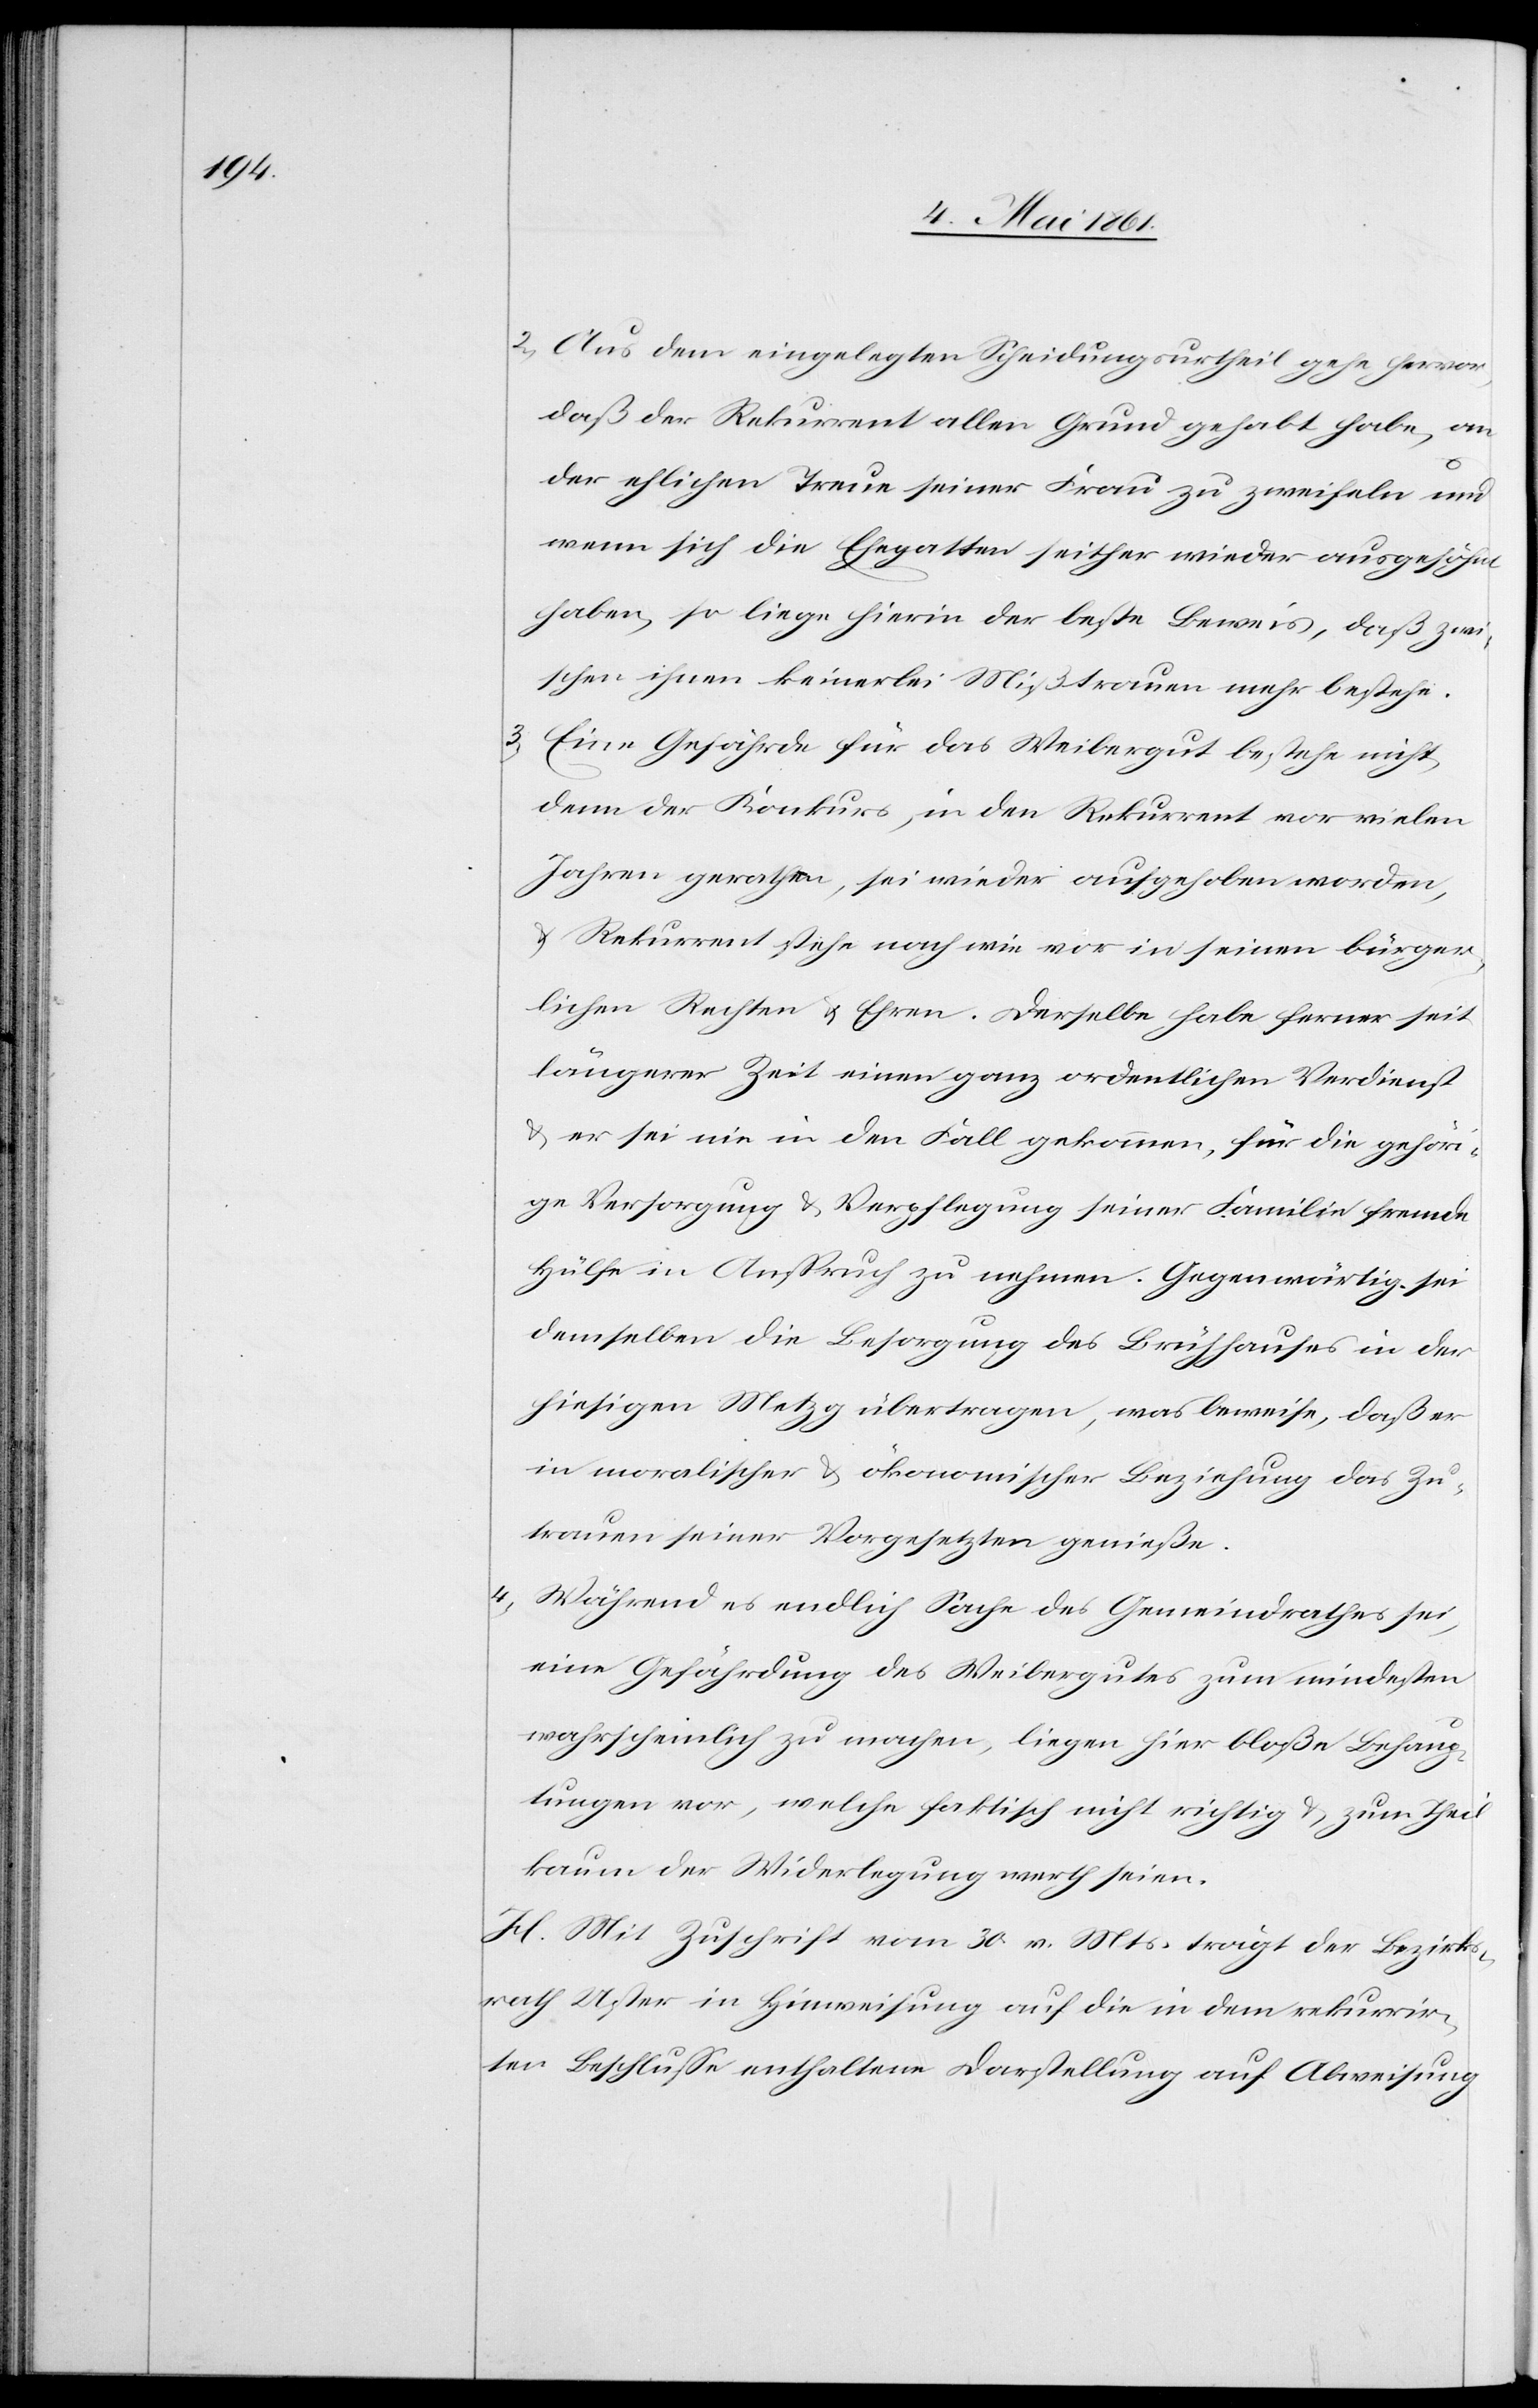
2) Aus dem eingelegten Scheidungsurtheil gehe hervor,
daß der Rekurrent allen Grund gehabt habe, an
der ehlichen Treue seiner Frau zu zweifeln und
wenn sich die Ehegatten seither wieder ausgesöhnt
haben, so liege hierin der beste Beweis, daß zwi¬
schen ihnen keinerlei Mißtrauen mehr bestehe.
3) Eine Gefährde für das Weibergut bestehe nicht,
denn der Konkurs, in den Rekurrent vor vielen
Jahren gerathen, sei wieder aufgehoben worden,
u. Rekurrent stehe nach wie vor in seinen bürger¬
lichen Rechten u. Ehren. Derselbe habe ferner seit
längerer Zeit einen ganz ordentlichen Verdienst
u. er sei nie in den Fall gekommen, für die gehöri¬
ge Versorgung u. Verpflegung seiner Familie fremde
Hülfe in Anspruch zu nehmen. Gegenwärtig sei
demselben die Besorgung des Brühhauses in der
hiesigen Metzg übertragen, was beweise, daß er
in moralischer u. ökonomischer Beziehung das Zu¬
trauen seiner Vorgesetzten genieße.
4) Während es endlich Sache des Gemeindrathes sei,
eine Gefährdung des Weibergutes zum mindesten
wahrscheinlich zu machen, liegen hier bloße Behaup¬
tungen vor, welche faktisch nicht richtig u. zum Theil
kaum der Widerlegung werth seien.
H. Mit Zuschrift vom 30. v. Mts. trägt der Bezirks¬
rath Uster in Hinweisung auf die in dem rekurrir¬
ten Beschlusse enthaltenen Darstellung auf Abweisung